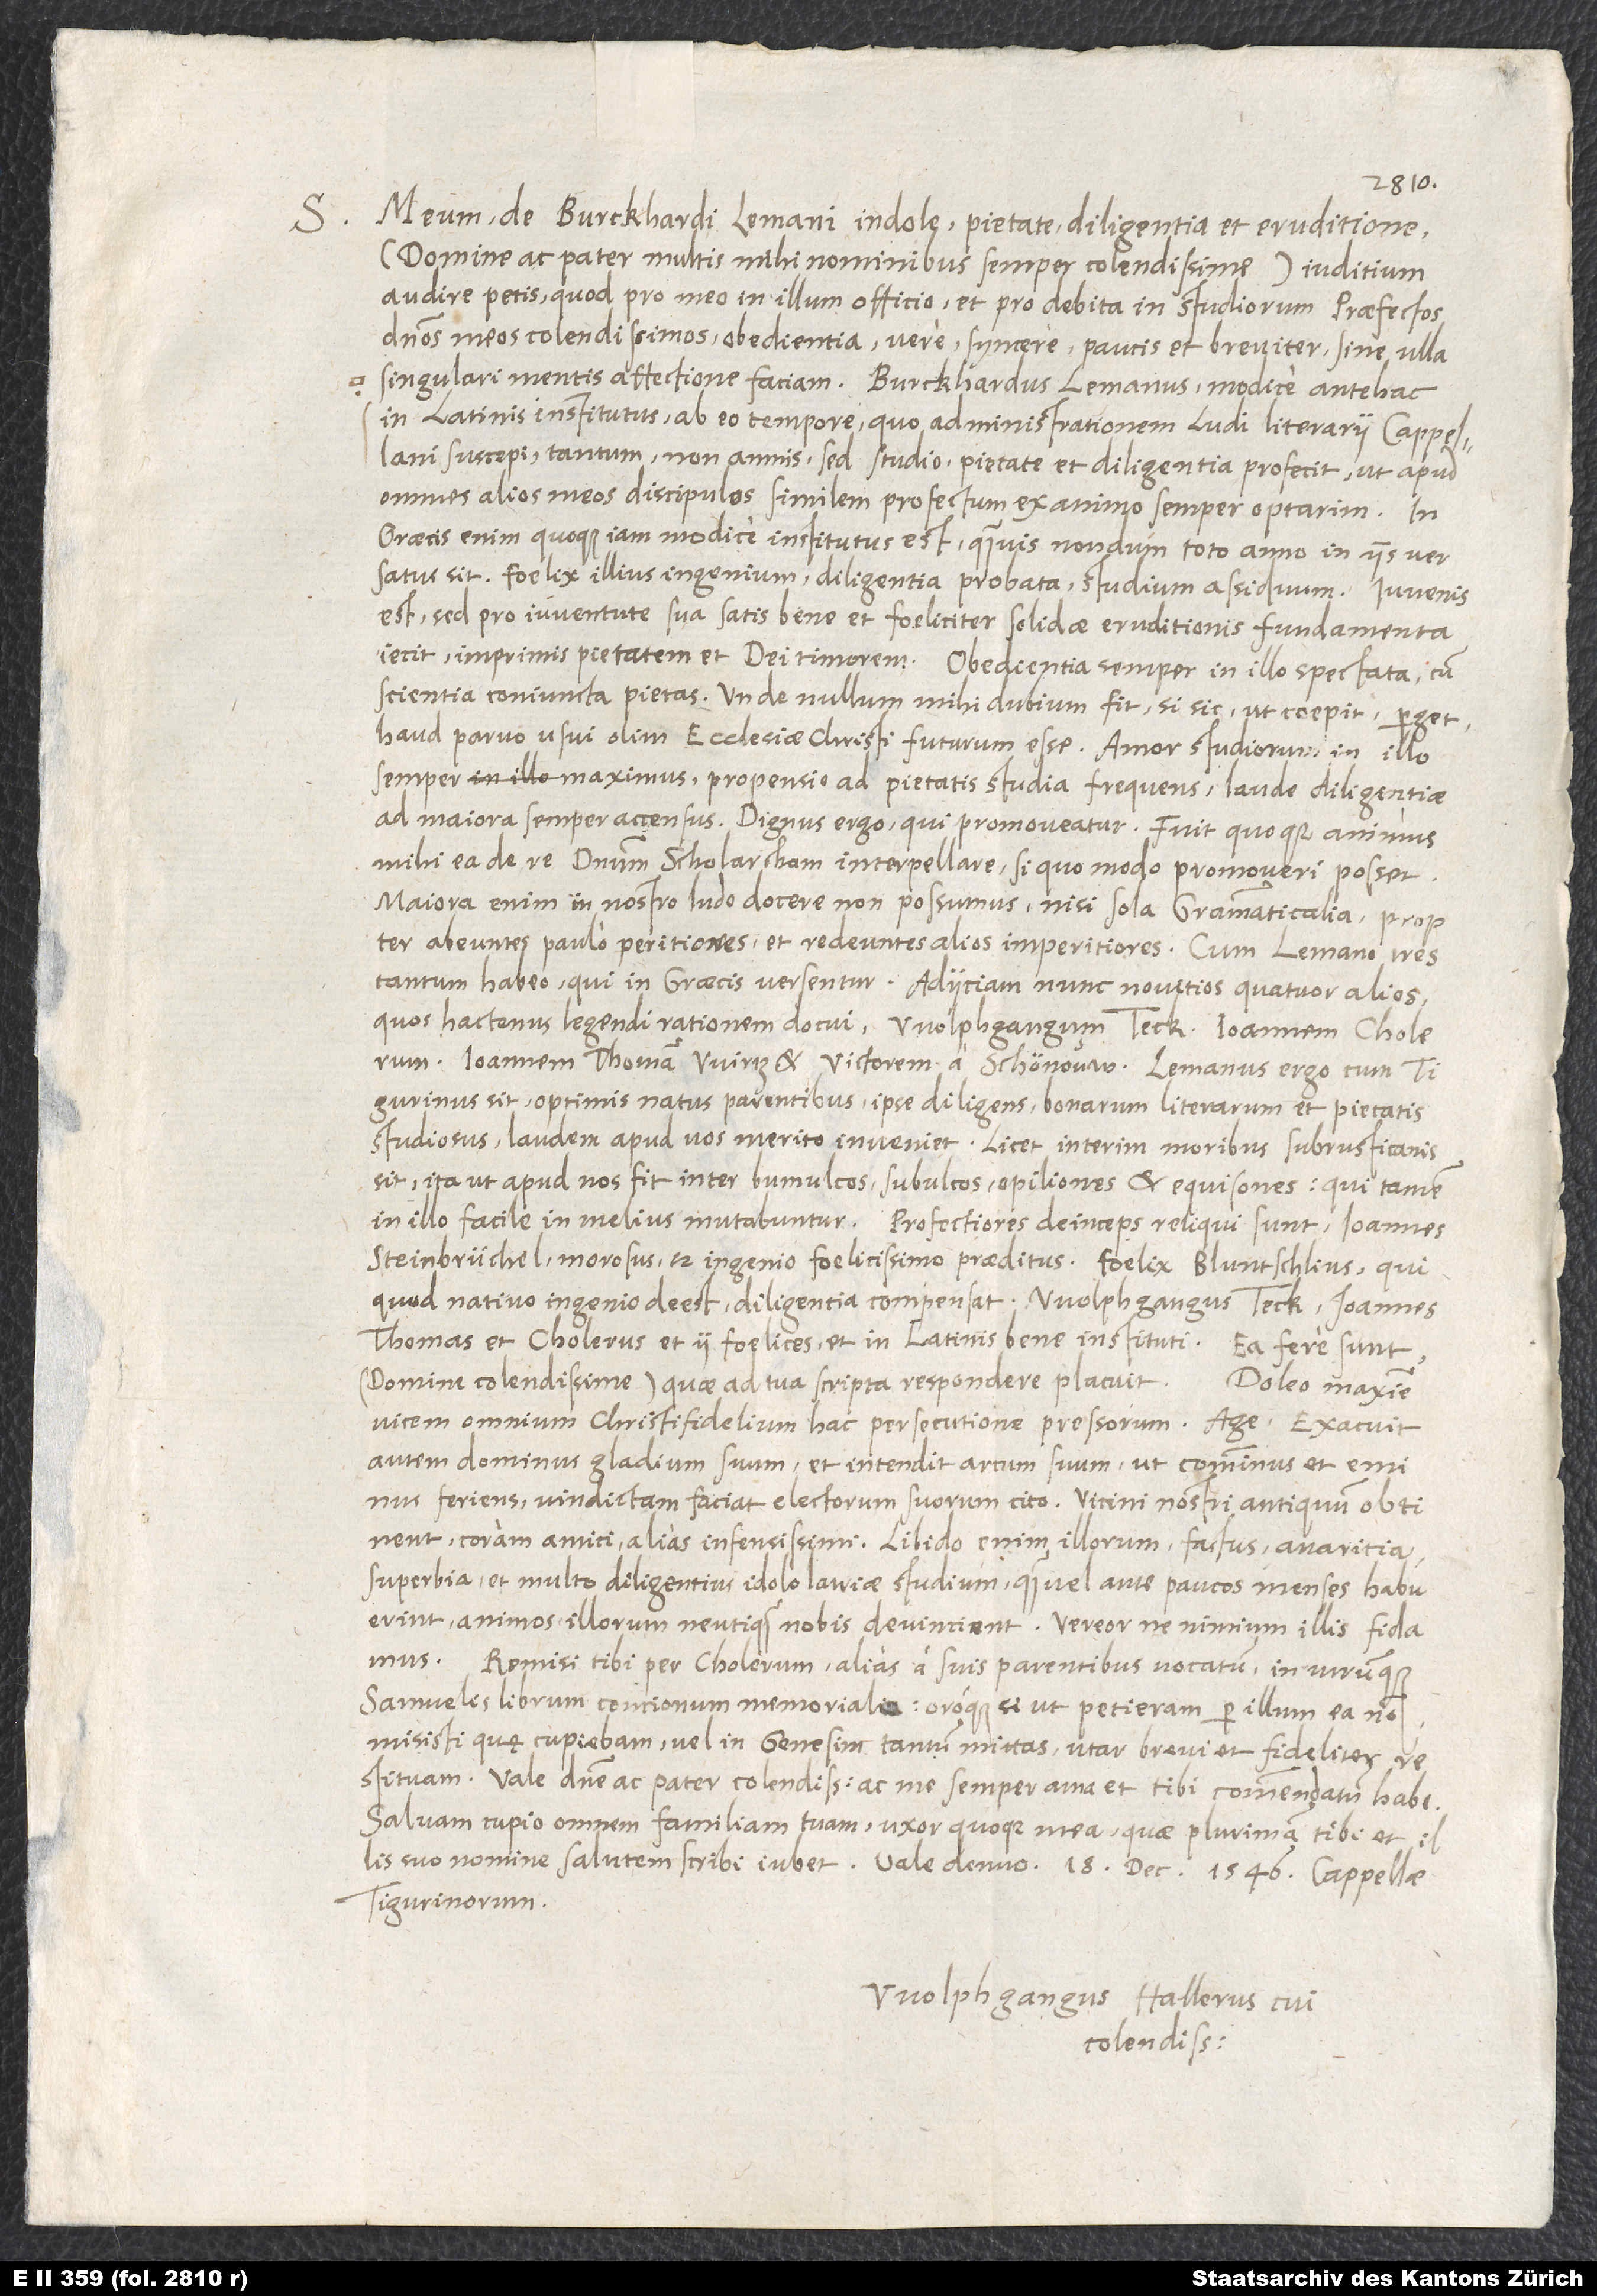
S.

Meum de Burckhardi Lemani indole, pietate, diligentia et eruditione
(domine ac pater multis mihi nominibus semper colendissime) iudicium
audire petis, quod pro meo in illum officio et pro debita in studiorum praefectos,
dominos meos colendissimos, obedientia vere, syncere paucis et breviter, sine ulla
singulari mentis affectione faciam. Burckhardus Lemanus modice antehac
in Latinis institutus ab eo tempore, quo administrationem ludi literarii Cappellani
suscepi, tantum non annis, sed studio, pietate et diligentia profecit, ut apud
omnes alios meos discipulos similem profectum ex animo semper optarim. In
Graecis enim quoque iam modice institutus est, quamvis nondum toto anno in iis versatus
sit. Foelix illius ingenium, diligentia probata, studium assiduum. Iuvenis
est, sed pro iuventute sua satis bene et foeliciter solidae eruditionis fundamenta
iecit, imprimis pietatem et dei timorem. Obedientia semper in illo spectata, cum
scientia coniuncta pietas; unde nullum mihi dubium fit, si sic, ut coepit, perget,
haud parvo usui olim ecclesiae Christi futurum esse. Amor studiorum in illo
semper maximus, propensio ad pietatis studia frequens, laude diligentiae
ad maiora semper accensus. Dignus ergo, qui promoveatur. Fuit quoque animus
mihi ea de re dominum scholarcham interpellare, si quo modo promoveri posset.
Maiora enim in nostro ludo docere non possumus, nisi sola grammaticalia propter
abeuntes paulo peritiores et redeuntes alios imperitiores. Cum Lemano tres
tantum habeo, qui in Graecis versentur. Adiiciam nunc novitios quatuor alios,
quos hactenus legendi rationem docui: Wolphgangum Teck, Ioannem Cholerum,
Ioannem Thomam Wirtz et Victorem a Schönouw. Lemanus ergo, cum
Tigurinus sit, optimis natus parentibus, ipse diligens, bonarum literarum et pietatis
studiosus, laudem apud nos merito invenit, licet interim moribus subrusticanis
sit, ita ut apud nos fit inter bumulcos, subulcos, opiliones et equisones; qui tamen
in illo facile in melius mutabuntur. Profectiores deinceps reliqui sunt: Ioannes
Steinbrüchel(morosus, sed ingenio foelicissimo praeditus), Foelix Bluntschlius(qui,
quod nativo inge nio deest, diligentia compensat), Wolphgangus Teck, Ioannes
Thomas et Cholerus. Et ii foelices et in Latinis bene instituti. Ea fere sunt,
domine colendissime, quae ad tua scripta respondere placuit.
Doleo maxime
vicem omnium christi fidelium hac persecutione pressorum. Age, exacuit
autem dominus gladium suum et intendit arcum suum, ut comminus et eminus
feriens vindictam faciat electorum suorum cito. Vicini nostri antiquum obtinent:
coram amici, alias infensissimi. Libido enim illorum, fastus, avaritia,
superbia et multo diligentius idololatriae studium, quam vel ante paucos menses habuerint,
animos illorum neutiquam nobis devincient. Vereor, ne nimium illis fidamus.
Remisi tibi per Cholerum, alias a suis parentibus vocatum, in utrumque
Samuelis librum concionum memorialia oroque, si, ut petieram, per illum ea non
misisti, quę cupiebam, vel in Genesim tantum mittas. Utar brevi, et fideliter
Vale, domine ac pater colendissime, ac me semper ama et tibi commendatum habe.
Salvam cupio omnem familiam tuam, uxor quoque mea, quae plurimam tibi et illis
suo nomine salutem scribi iubet. Vale denuo. 18. decembris 1546, Cappellae
Tigurinorum.
Wolphgangus Hallerus tui
colendissimo.